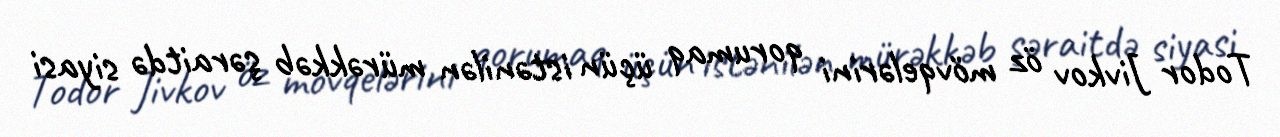
Todor Jivkov öz mövqelərini qorumaq üçün istənilən mürəkkəb şəraitdə siyasi